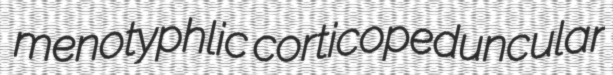
menotyphlic corticopeduncular